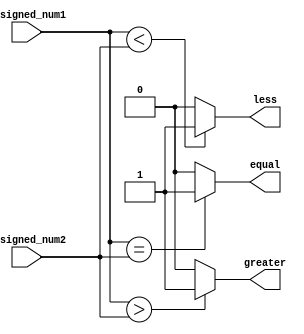
module unsigned_comparator (
    input [31:0] unsigned_num1,
    input [31:0] unsigned_num2,
    output reg greater,
    output reg less,
    output reg equal
);

always @(*) begin
    greater = (unsigned_num1 > unsigned_num2) ? 1'b1 : 1'b0;
    less = (unsigned_num1 < unsigned_num2) ? 1'b1 : 1'b0;
    equal = (unsigned_num1 == unsigned_num2) ? 1'b1 : 1'b0;
end

endmodule